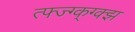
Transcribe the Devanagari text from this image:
त्फ्ज्ग्क्ग्क्झ